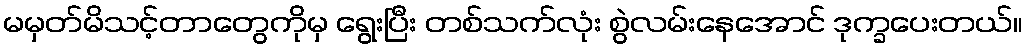
မမှတ်မိသင့်တာတွေကိုမှ ရွေးပြီး တစ်သက်လုံး စွဲလမ်းနေအောင် ဒုက္ခပေးတယ်။